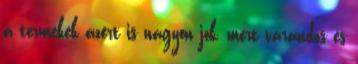
a termékek azért is nagyon jók, mert várandós és